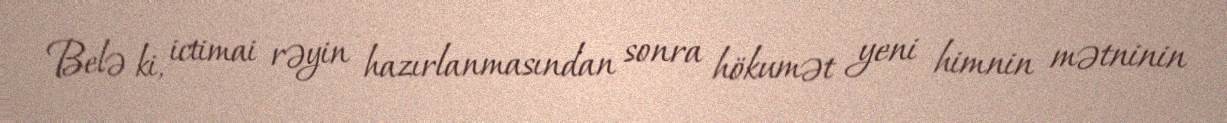
Belə ki, ictimai rəyin hazırlanmasından sonra hökumət yeni himnin mətninin